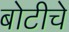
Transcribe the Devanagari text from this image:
बोटीचे